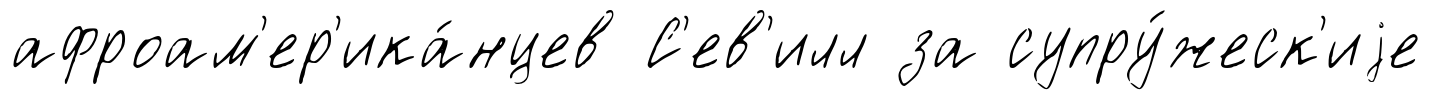
афроам'ер'ика́нцев С'ев'илл за супру́жеск'иjе